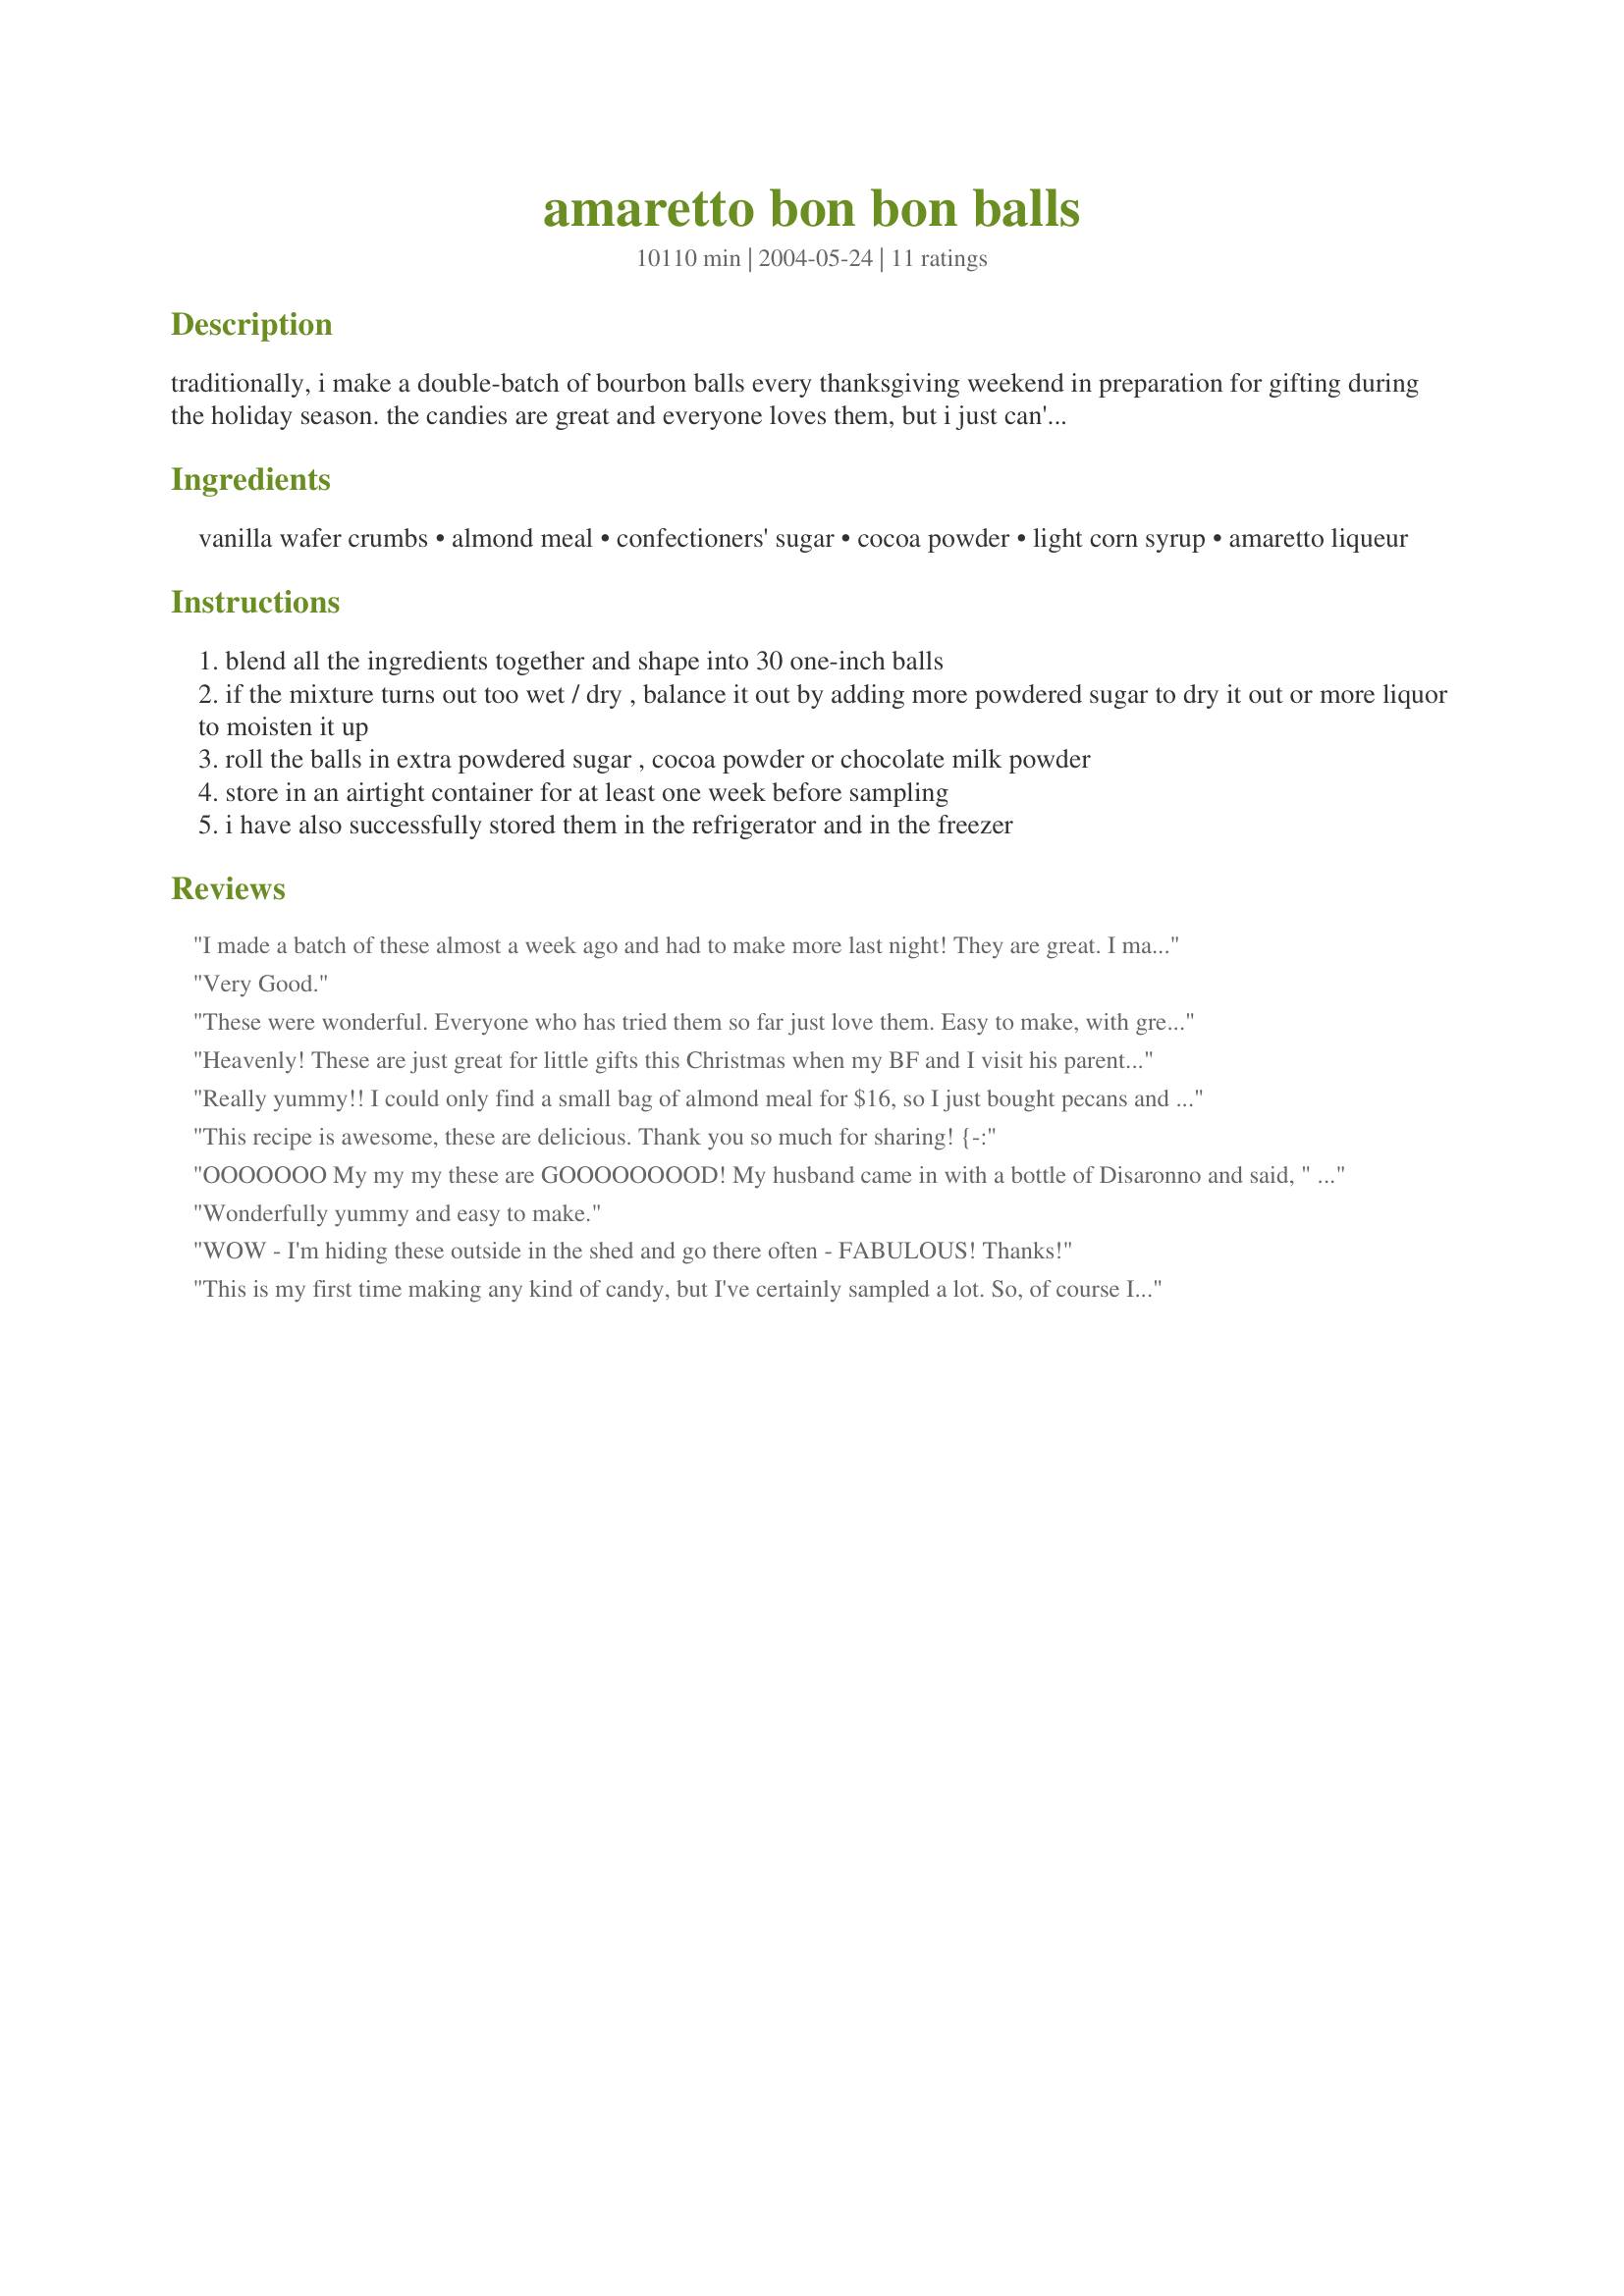
amaretto bon bon balls
Preparation time: 10110 minutes

traditionally, i make a double-batch of bourbon balls every thanksgiving weekend in preparation for gifting during the holiday season. the candies are great and everyone loves them, but i just can't stand the taste of bourbon, in any shape or form. a couple of years ago i raided the liquor cabinet and developed a sauced-up holiday candy that i can eat too! now i annually produce double-batches of bourbon balls and amaretto bonbons.

Ingredients:
vanilla wafer crumbs, almond meal, confectioners' sugar, cocoa powder, light corn syrup, amaretto liqueur

Steps:
blend all the ingredients together and shape into 30 one-inch balls
if the mixture turns out too wet / dry , balance it out by adding more powdered sugar to dry it out or more liquor to moisten it up
roll the balls in extra powdered sugar , cocoa powder or chocolate milk powder
store in an airtight container for at least one week before sampling
i have also successfully stored them in the refrigerator and in the freezer

Reviews:
I made a batch of these almost a week ago and had to make more last night! They are great. I made exactly by recipe and I got about 40 2 bite bon bons. I think they should be re-rolled in powdered sugar/cocoa mix before serving. After sitting for a week they have absorbed most of the original coating and need more to be pretty on a serving tray in mini muffin cups. I will be giving these for gifts and serving them on Xmas Eve. Thanks for a great recipe!
Very Good.
These were wonderful. Everyone who has tried them so far just love them. Easy to make, with great results. Thanks for sharing this recipe.
Heavenly! These are just great for little gifts this Christmas when my BF and I visit his parents and grandparents. I also just love the taste of amaretto and wanted to find a recipe that used it to put some of my own homemade amaretto liquer in. I could barely keep my hands out of the bon bons as they aged. I actually had to hide them or else my BF would have eaten them all before the week was up! The taste is rich, yet not too sweet or chocolatey, but lets the taste of the amaretto come through. I never would have guessed the base for this recipe would have been vanilla wafers and pecan meal! I used a store brand vanilla wafer but a high quality cocoa powder and my own homemade amaretto... sooo yummy! Thanks for sharing!
Really yummy!! I could only find a small bag of almond meal for $16, so I just bought pecans and ground them myself. Love the flavor with amaretto, thank-you!
This recipe is awesome, these are delicious. Thank you so much for sharing! {-:
OOOOOOO My my my these are GOOOOOOOOD! My husband came in with a bottle of Disaronno and said, " I love this stuff, can you fix a cake or somthing/"(I had just made a cake with cinnimon schapps the wk before and he loved it) I loved and decided this was it so he could still "taste" the liquor in it. I am so glad so my decision they did not even set the wk they were GONE in three days tops I even tried to hide a wk to see if they would improve with age but he about cried when they were gone so I caved in and pulled out the ones i had stashed. I will have to make these again without telling him but I don't know how I will keep myself out of them. thanks for sharing!!!
Wonderfully yummy and easy to make.
WOW - I'm hiding these outside in the shed and go there often - FABULOUS! Thanks!
This is my first time making any kind of candy, but I've certainly sampled a lot. So, of course I was looking for something super tasty AND super easy. These Bon Bon Balls worked wonderfully.<br/><br/>I was too cheap to buy almond meal, and remembered that I had a jar of cocoa roast almonds (made by Emerald) in my pantry already opened. I processed those until fine and omitted a bit of the cocoa powder that was called for in this recipe. Everything else, I followed exactly. It was a quick zip in the food processor once both the almonds and the wafers were ground, and a beautiful dough-like substance formed. <br/><br/>Super easy, super quick, SUPER good. I cannot imagine how delicious these babies will taste on Christmas day. I must've rolled mine a bit too big as I got about 26 balls out of mine.
Oh!!! these are WONDERFUL! I made these for our christmas party and I had to give them a try before everyone arrives this weekend. BOY!! they are all going to love these :) They are delicious! Hope they make it to the party though,LOL I could eat the whole batch that I made. Thanks for sharing the recipe!!
